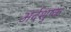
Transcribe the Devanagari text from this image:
अर्दशुष्क